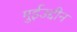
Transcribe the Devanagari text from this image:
मुईउद्दीन